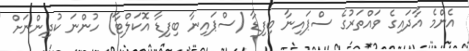
އެންމެ އާދައިގެ ވައްތަރުގެ ސްޕައިނާ ބިފިޑާ (ސްޕައިނާ ބިފިޑާ އޮކަލްޓާ) ހުންނަ ކުދިންނަށް